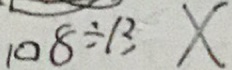
1 0 8 \div 1 3 x